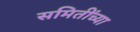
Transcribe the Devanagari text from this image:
समितींच्या